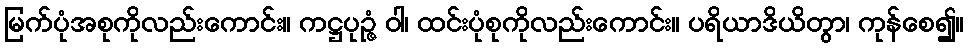
မြက်ပုံအစုကိုလည်းကောင်း။ ကဋ္ဌပုဉ္ဇံ ဝါ၊ ထင်းပုံစုကိုလည်းကောင်း။ ပရိယာဒိယိတွာ၊ ကုန်စေ၍။